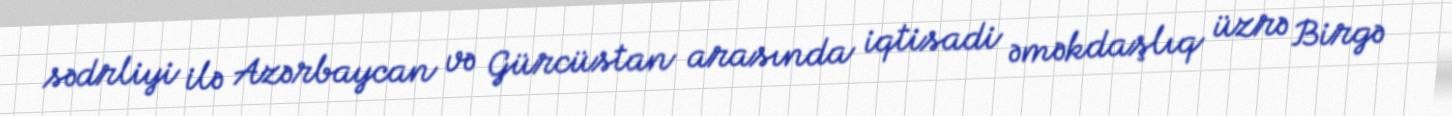
sədrliyi ilə Azərbaycan və Gürcüstan arasında iqtisadi əməkdaşlıq üzrə Birgə